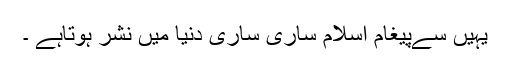
یہیں سےپیغامِ اسلام ساری ساری دنیا میں نشر ہوتاہے ۔